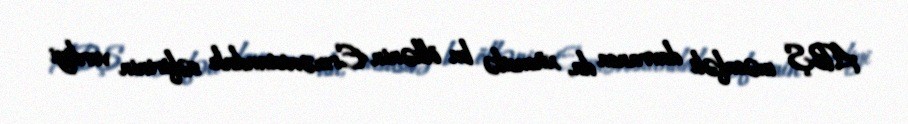
ABŞ məsafəli davransa da, xüsusilə bu ölkənin Ermənistandakı səfirinin verdiyi